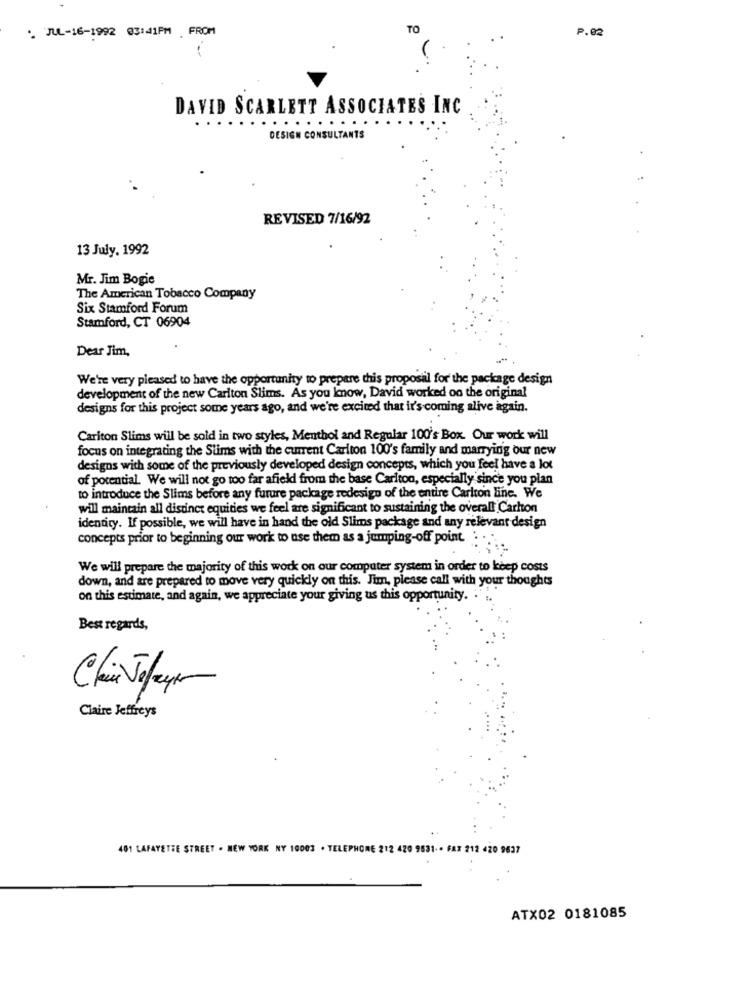
. JUL-16-1992 03:41PM FROM
TO
P.02
DAVID SCARLETT ASSOCIATES INC
........
DESIGN CONSULTANTS
REVISED 7/16/92
13 July. 1992
Mr. Jim Bogie
The American Tobacco Company
Six Stamford Forum
Stamford, CT 06904
Dear Jim,
We're very pleased to have the opportunity to prepare this proposal for the package design
development of the new Cariton Slims. As you know, David worked on the original
designs for this project some years ago, and we're excited that it's coming alive again.
Cariton Slims will be sold in two styles, Menthol and Regular 100's Box. Our work will
focus on integrating the Slims with the current Cariton 100's family and marrying our new
designs with some of the previously developed design concepts, which you feel have a lot
of potential. We will not go too far afield from the base Carlton, especially since you plan
to introduce the Slims before any furure package redesign of the entire Carlton line. We
will maintain all distinct equities we feel are significant to sustaining the overall Carlton
identity. If possible, we will have in hand the old Slims package and any relevant design
concepts prior to beginning our work to use them as a jumping-off point.
We will prepare the majority of this work on our computer system in order to keep costs
down, and are prepared to move very quickly on this. Jum, please call with your thoughts
on this estimate, and again, we appreciate your giving us this opportunity. .
Best regards,
Claire Jeffreys
401 LAFAYETTE STREET . NEW YORK NY 10003 . TELEPHONE 212 420 9531- · FAX 212 420 9637
ATX02 0181085